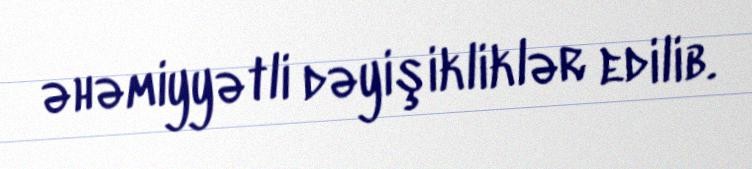
əhəmiyyətli dəyişikliklər edilib.